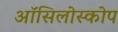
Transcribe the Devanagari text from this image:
ऑसिलोस्कोप